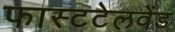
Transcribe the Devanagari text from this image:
फास्टटेलवेंड